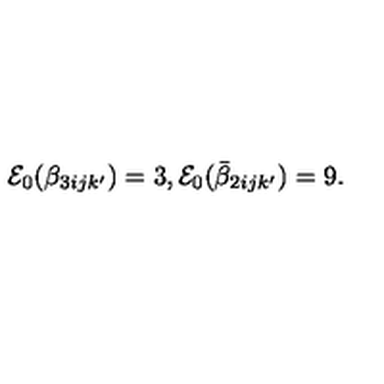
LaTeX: { \cal E } _ { 0 } ( \beta _ { 3 i j k ^ { \prime } } ) = 3 , { \cal E } _ { 0 } ( \bar { \beta } _ { 2 i j k ^ { \prime } } ) = 9 .